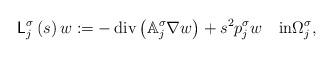
LaTeX: \begin{align*}\mathsf{L}_{j}^{\sigma}\left( s\right) w:=-\operatorname{div}\left(\mathbb{A}_{j}^{\sigma}\nabla w\right) +s^{2}p_{j}^{\sigma}w\quad\text{in}\Omega_{j}^{\sigma}, \end{align*}